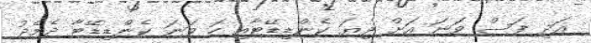
އަދި ފަސް ވަނަ އަށް ދިޔަ ކެންޑިޑޭޓާއި ހަ ވަނަ ކެންޑިޑޭޓާ ދެމެދު